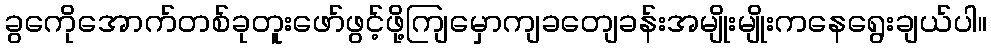
ခွကေိုအောက်တစ်ခုတူးဖော်ဖွင့်ဖို့ကျြမှောကျခတျေခန်းအမျိုးမျိုးကနေရွေးချယ်ပါ။